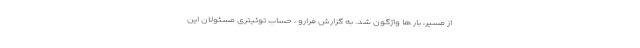
از مسیر، بار ها واژگون شد. به گزارش فرارو ، حساب توئیتری مسئولان این